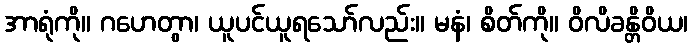
အာရုံကို။ ဂဟေတွာ၊ ယူပင်ယူရသော်လည်း။ မနံ၊ စိတ်ကို။ ဝိလိခန္တိဝိယ၊